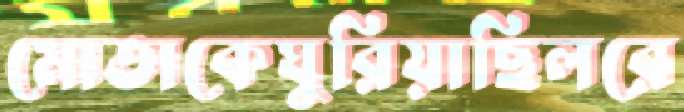
মোতাকেঘুরিয়াছিলরে